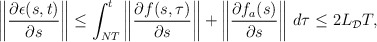
\begin{align*}\begin{aligned}\left\|\dfrac{\partial \epsilon(s,t)}{\partial s}\right\| \le \int_{NT}^t \left\|\dfrac{\partial f(s,\tau)}{\partial s}\right\|+\left\|\dfrac{\partial f_a(s)}{\partial s}\right\| \,d\tau \le 2 L_\mathcal{D} T,\end{aligned}\end{align*}